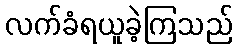
လက်ခံရယူခဲ့ကြသည်